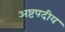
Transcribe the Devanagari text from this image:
अष्टपदीय